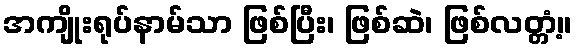
အကျိုးရုပ်နာမ်သာ ဖြစ်ပြီး၊ ဖြစ်ဆဲ၊ ဖြစ်လတ္တံ့။